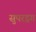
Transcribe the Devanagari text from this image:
सुपरड्रग